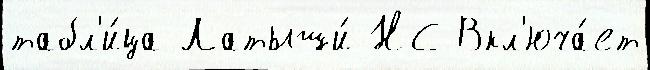
табл'и́ца Латыши́ НС Вкл'юча́ет